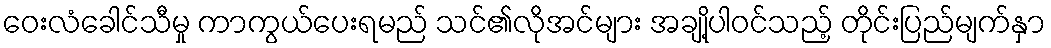
ဝေးလံခေါင်သီမှု ကာကွယ်ပေးရမည် သင်၏လိုအင်များ အချို့ပါဝင်သည့် တိုင်းပြည်မျက်နှာ